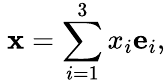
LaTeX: \ \mathbf{x}=\sum_{i=1}^{3}x_{i}\mathbf{e}_{i},